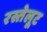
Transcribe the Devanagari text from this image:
रस्तेलूट